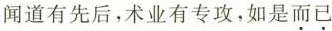
闻道有先后，术业有专攻，如是而已